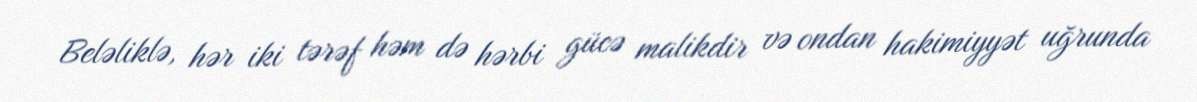
Beləliklə, hər iki tərəf həm də hərbi gücə malikdir və ondan hakimiyyət uğrunda